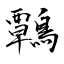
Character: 鷣